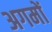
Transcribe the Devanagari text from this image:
अगमों